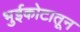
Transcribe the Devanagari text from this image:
भुईकोटातून